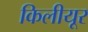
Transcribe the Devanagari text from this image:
किलीयूर